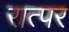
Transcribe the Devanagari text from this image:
रात्पर